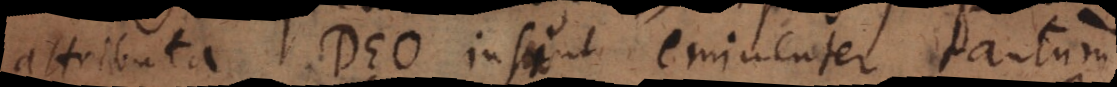
attributa Deo insunt eminenter tantum,